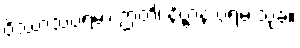
ဝိဿာသပရမာ ဉာတိ၊ နိဗ္ဗာနံ ပရမံ သုခံ။